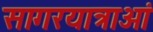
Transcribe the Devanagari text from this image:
सागरयात्राओं